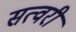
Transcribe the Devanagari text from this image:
सत्वरी